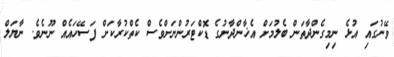
ވޭނުގައި އުޅެ ނިމިގެންދާތަން ބެލުމަށް އެޚާންދާނުގެ ޑޮކްޓަރުންނަށްވެސް ކެތްކުރާކަށް ފަސޭހައެއް ނޫނެވެ. ނާޔަލް